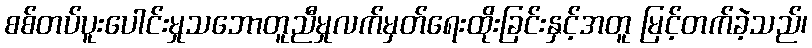
စစ်တပ်ပူးပေါင်းမှုသဘောတူညီမှုလက်မှတ်ရေးထိုးခြင်းနှင့်အတူ မြင့်တက်ခဲ့သည်၊